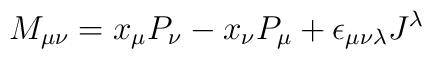
M_{\mu\nu}=x_{\mu}P_{\nu}-x_{\nu}P_{\mu}+\epsilon_{\mu\nu\lambda}J^{\lambda}